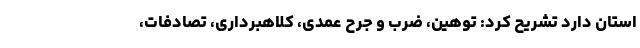
استان دارد تشریح کرد: توهین، ضرب و جرح عمدی، کلاهبرداری، تصادفات،